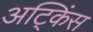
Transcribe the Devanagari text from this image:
अट्किंस